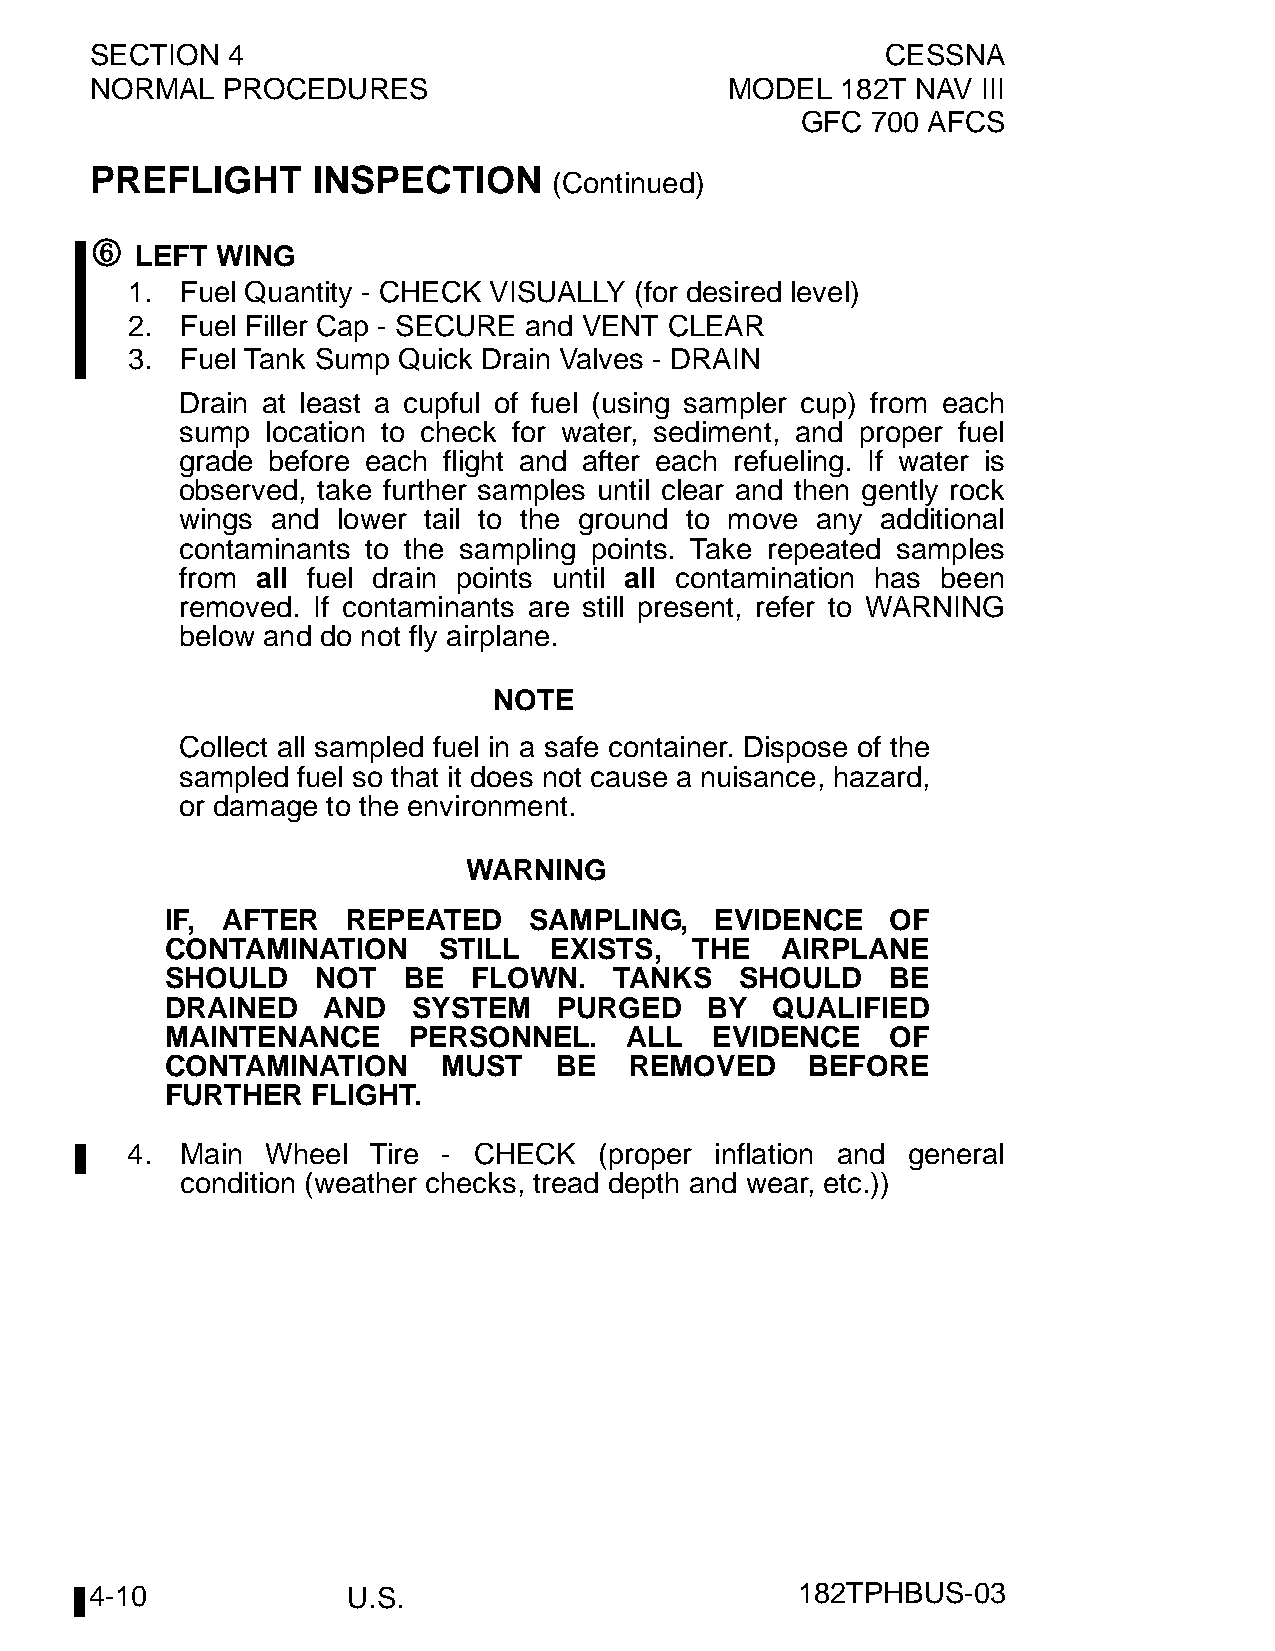
SECTION  4                                           CESSNA
 NORMAL   PROCEDURES                       MODEL   182T NAV III
 GFC  700 AFCS
 PREFLIGHT      INSPECTION
 (Continued)
 6
 LEFT WING
 1.  Fuel Quantity - CHECK VISUALLY (for desired level)
 2.  Fuel Filler Cap - SECURE and VENT CLEAR
 3.  Fuel Tank Sump Quick Drain Valves - DRAIN
 Drain at least a cupful of fuel (using sampler cup) from each
 sump  location to check for water, sediment, and proper fuel
 grade before each flight and after each refueling. If water is
 observed, take further samples until clear and then gently rock
 wings and lower tail to the ground to move any additional
 contaminants to the sampling points. Take repeated samples
 from all fuel drain points until all contamination has been
 removed. If contaminants are still present, refer to WARNING
 below and do not fly airplane.
 NOTE
 Collect all sampled fuel in a safe container. Dispose of the
 sampled fuel so that it does not cause a nuisance, hazard,
 or damage to the environment.
 WARNING
 IF, AFTER   REPEATED    SAMPLING,   EVIDENCE    OF
 CONTAMINATION     STILL  EXISTS,   THE   AIRPLANE
 SHOULD    NOT   BE  FLOWN.    TANKS   SHOULD    BE
 DRAINED   AND   SYSTEM    PURGED    BY  QUALIFIED
 MAINTENANCE     PERSONNEL.     ALL  EVIDENCE    OF
 CONTAMINATION     MUST    BE   REMOVED     BEFORE
 FURTHER   FLIGHT.
 4.  Main  Wheel  Tire - CHECK   (proper inflation and general
 condition (weather checks, tread depth and wear, etc.))
 4-10             U.S.                          182TPHBUS-03